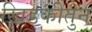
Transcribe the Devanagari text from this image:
खिडकीतुन